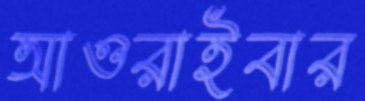
আওরাইবার